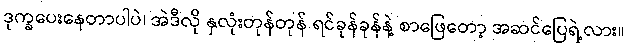
ဒုက္ခပေးနေတာပါပဲ၊ အဲဒီလို နှလုံးတုန်တုန် ရင်ခုန်ခုန်နဲ့ စာဖြေတော့ အဆင်ပြေရဲ့လား။